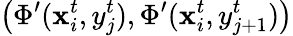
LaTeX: \left(\Phi^{\prime}(\mathbf{x}_{i}^{t},y_{j}^{t}),\Phi^{\prime}(\mathbf{x}_{i}^{t},y_{j+1}^{t})\right)